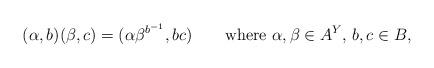
LaTeX: \begin{align*}(\alpha,b)(\beta,c)=(\alpha\beta^{b^{-1}},bc)\qquad\textup{where $\alpha,\beta\in A^Y$, $b,c\in B$,}\end{align*}